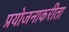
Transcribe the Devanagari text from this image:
प्रयोजनाकरीता